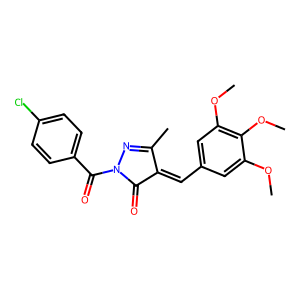
SMILES: COc1cc(C=C2C(=O)N(C(=O)c3ccc(Cl)cc3)N=C2C)cc(OC)c1OC
Inhibits HIV replication: No